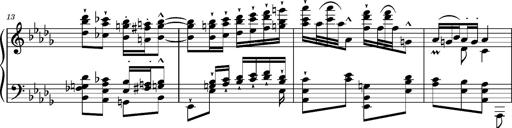
Title: Magyar Tempo
Composer: Franz Liszt
Key: D-flat major